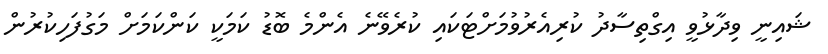
ޝައިނީ ވިދާޅުވީ އިގްތިސާދު ކުރިއެރުވުމަށްޓަކައި ކުރެވޭނެ އެންމެ ބޮޑު ކަމަކީ ކަންކަމަށް މަގުފަހިކުރުން